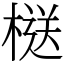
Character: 㮸